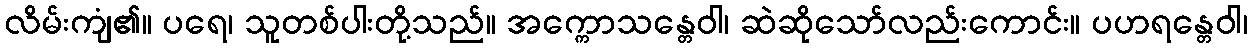
လိမ်းကျံ၏။ ပရေ၊ သူတစ်ပါးတို့သည်။ အက္ကောသန္တေဝါ၊ ဆဲဆိုသော်လည်းကောင်း။ ပဟရန္တေဝါ၊